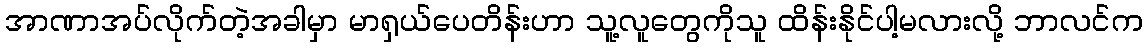
အာဏာအပ်လိုက်တဲ့အခါမှာ မာရှယ်ပေတိန်းဟာ သူ့လူတွေကိုသူ ထိန်းနိုင်ပါ့မလားလို့ ဘာလင်က